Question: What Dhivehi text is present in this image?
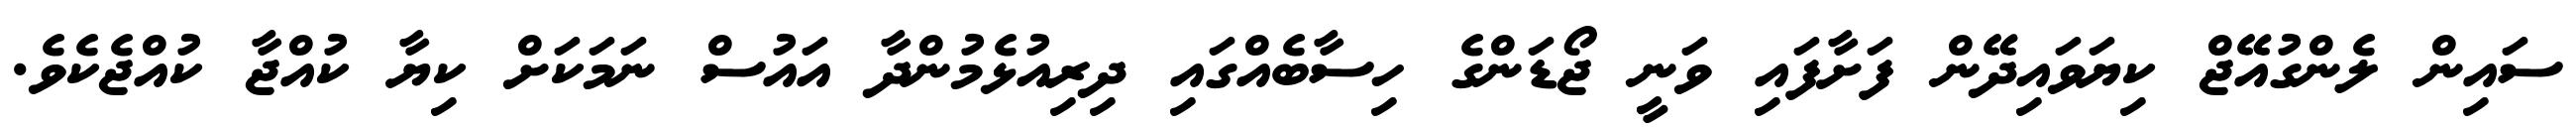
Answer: ސައިން ލެންގުއޭޖް ކިޔަވައިދޭން ފަށާފައި ވަނީ ޖޯޑަންގެ ހިސާބެއްގައި ދިރިއުޅެމުންދާ އައުސް ނަމަކަށް ކިޔާ ކުއްޖާ ކުއްޖެކެވެ.